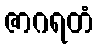
ဇာဂရတံ